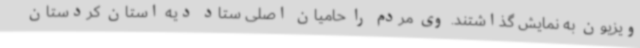
ویزیون به نمایش گذاشتند. وی مردم را حامیان اصلی ستاد دیه استان کردستان